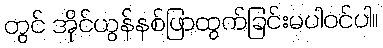
တွင် အိုင်ယွန်နစ်ဖြာထွက်ခြင်းမပါဝင်ပါ။